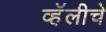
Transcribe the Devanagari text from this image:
व्हॅलीचे